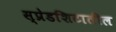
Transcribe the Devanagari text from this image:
स्प्रेडशिटातील